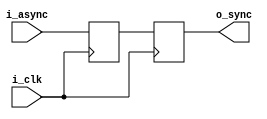
/*
 * Copyright 2013-2016 Colin Weltin-Wu (colinww@gmail.com)
 * UC San Diego Integrated Signal Processing Group
 *
 * Licensed under GNU General Public License 3.0 or later. 
 * Some rights reserved. See LICENSE.
 * 
 * negedge_sync.v
 * Used to synchronize a signal coming from an async domain. Signal is 
 * sampled on the rising edge, but changes only on falling edges. Used
 * for synchronizing control signals that go to rising edge logic. This
 * block has no reset.
 * 
 * The idea behind allowing its output to change on the falling edge of the
 * clock is that it is more likely for there to be positive clock skew in 
 * downstream logic so having a signal change on the rising edge risks
 * impinging on the data hold window.
 * 
 * 1/2 clock period delay.
 */

module negedge_sync (i_clk, i_async, o_sync);
   input  i_clk;
   input  i_async;
   output o_sync;

   reg 	  samp_rising;
   reg 	  o_sync;

   initial begin
      samp_rising <= 1'b0;
      o_sync <= 1'b0;
   end

   always @( posedge i_clk )
     samp_rising <= i_async;

   always @( negedge i_clk )
     o_sync <= samp_rising;

endmodule